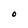
Character: O